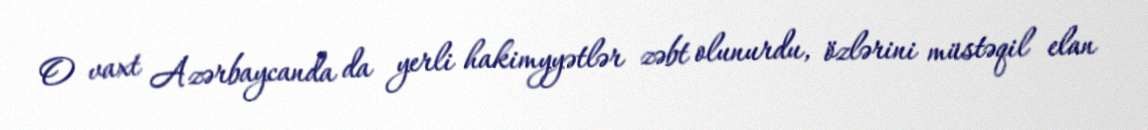
O vaxt Azərbaycanda da yerli hakimyyətlər zəbt olunurdu, özlərini müstəqil elan